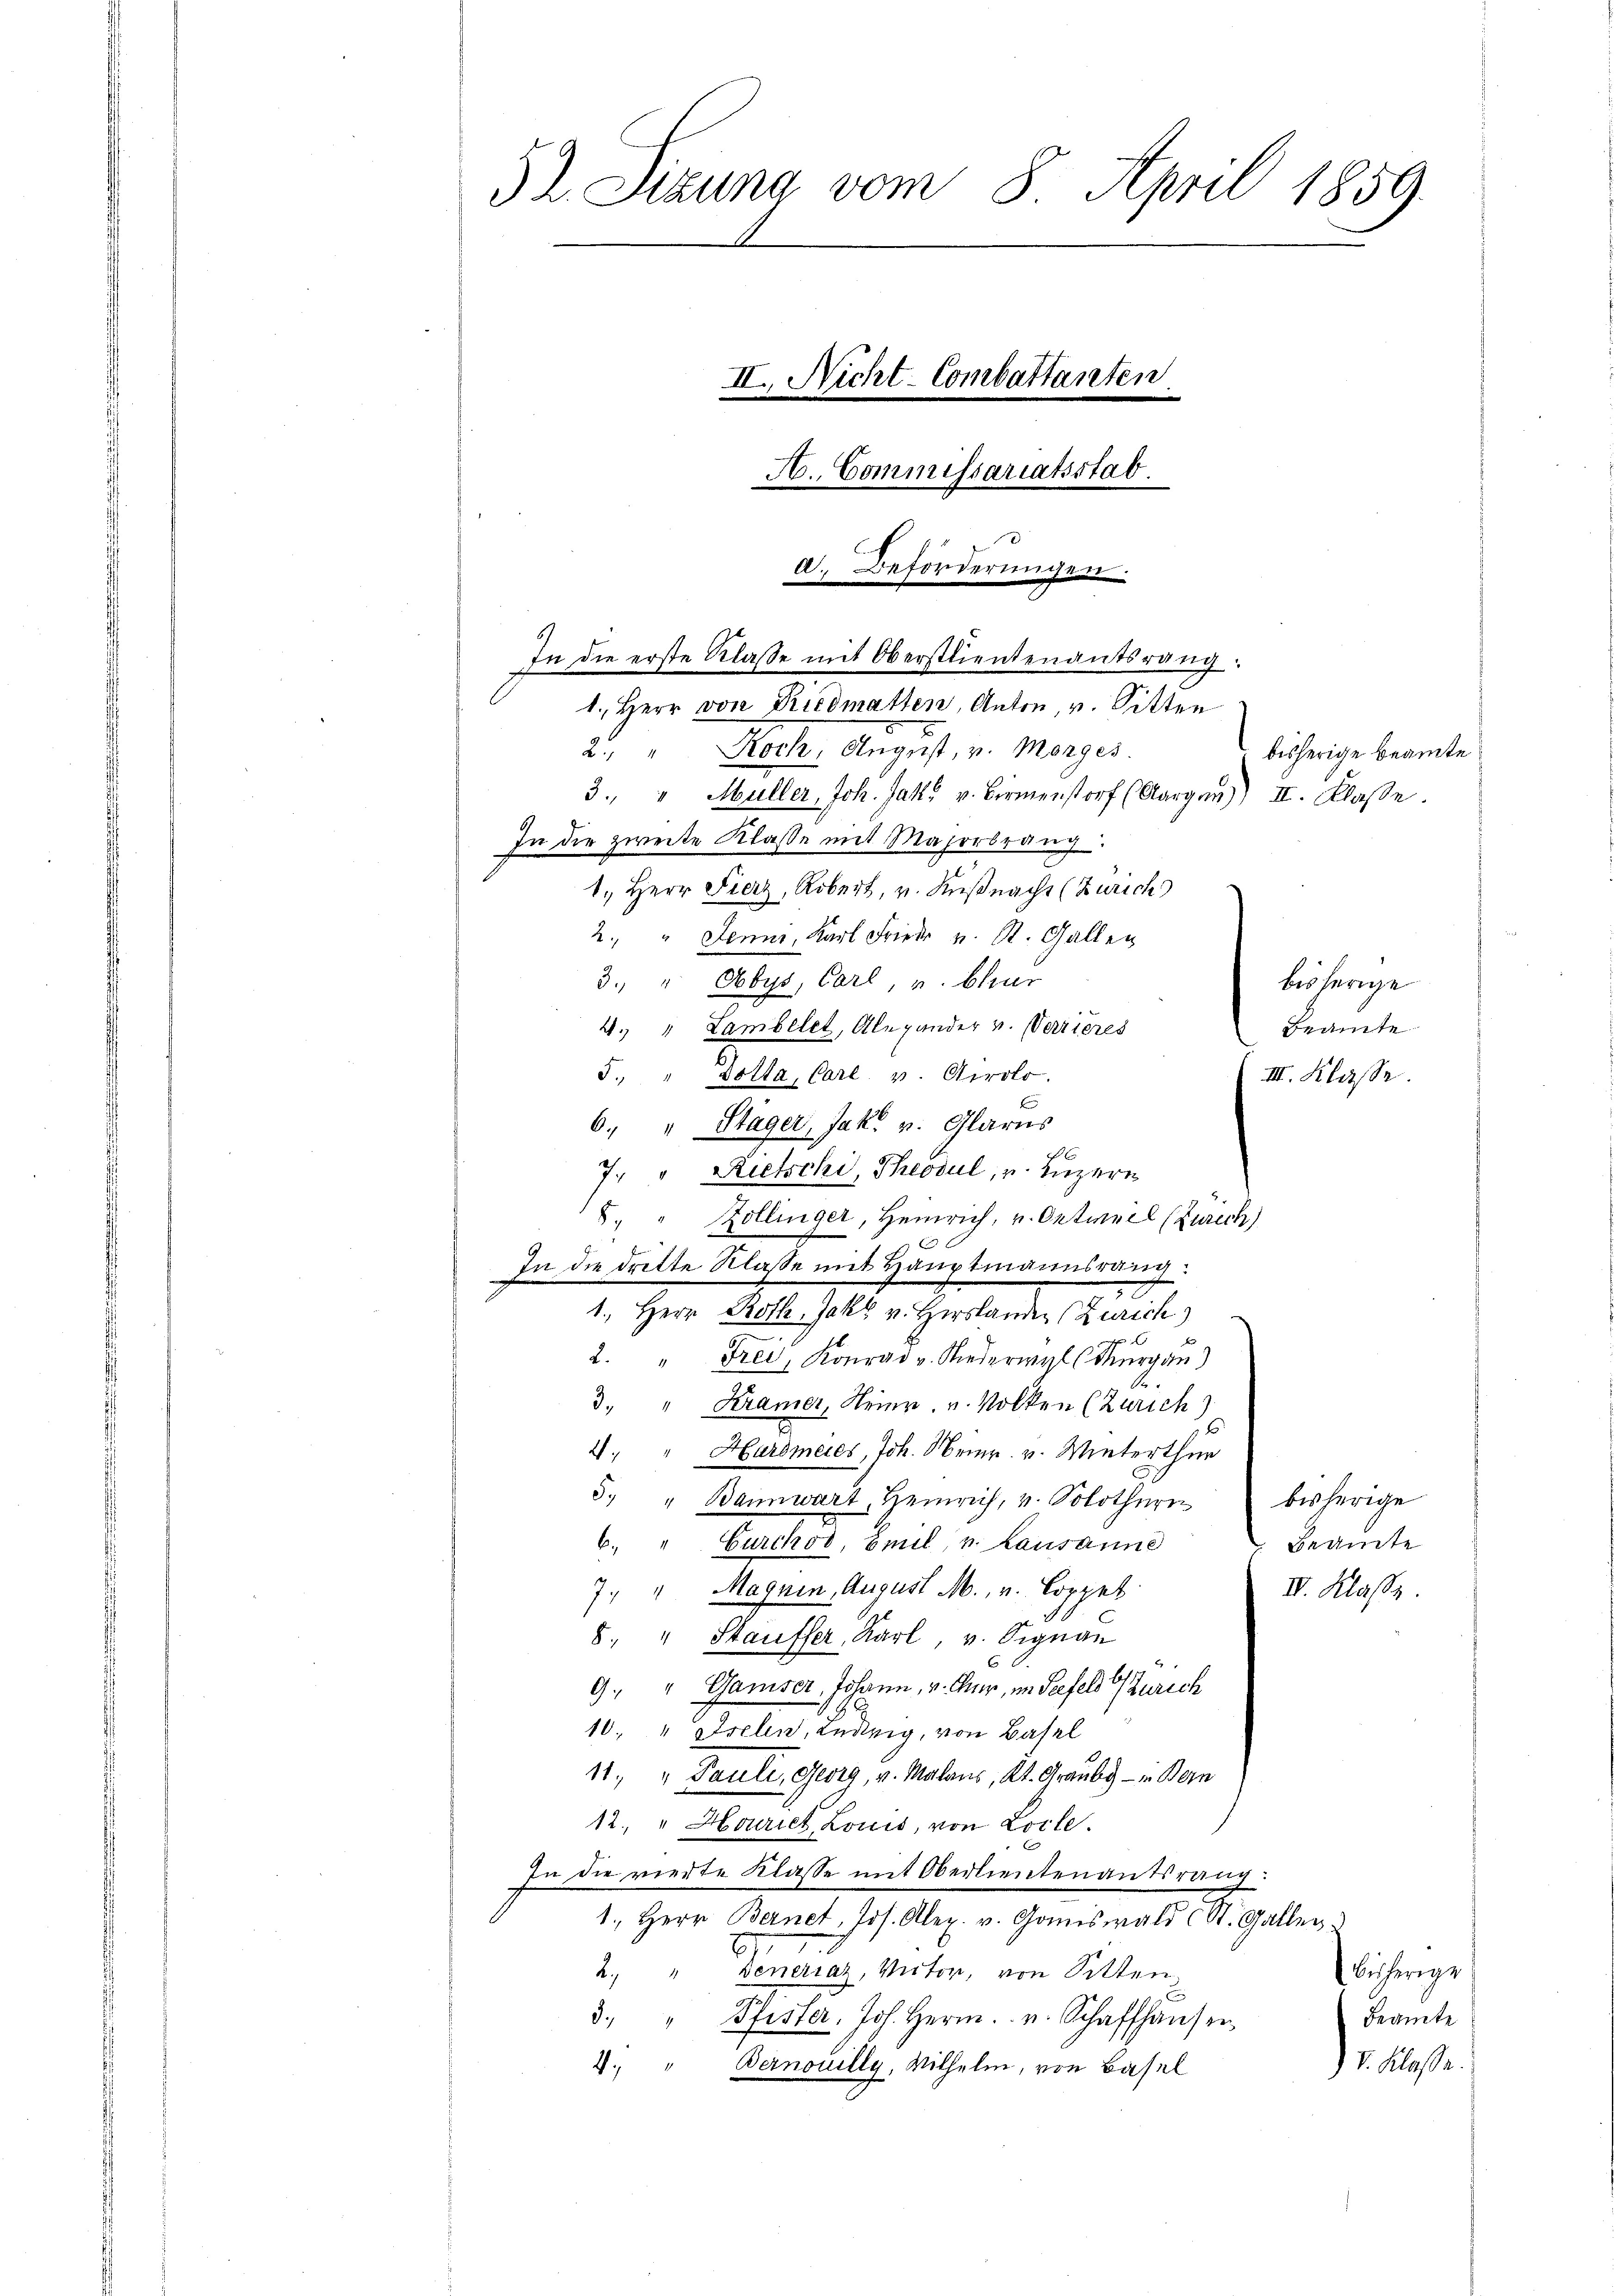
52. Sizung vom 8. April 1859.
II. Nicht-Combattanten.
H. Commissariatsstab.
d. Beförderungen.
In die erste Klasse mit Oberstlieutenantsrang.
1. Herr von Riedmatten, Anton, v. Sitten

3. v. Obys, Carl, u. Chur
bisherige
4. " Lambelet, Alexander v. Verzieres
Beamte
J. " votta, Carl v. Girotr.
III. Klasse.
6. " Stäger, Jak. v. Glarus
7. " Rietschi, Theodul, u. Luzern
8. " Zollinger, Heinrich, v. Ortmeel (Zurech
In die dritte Klasse mit Hauptmannsrang
1., Herr Roth, Jak. v. Hirslanden (Zürich)
2. " Frei, Konrad u. Niederwyl (Thurgau)
3. " Kramer, Meier, u. Volken (Zürich)
4. " Hardmeies, Joh. Heinr. v. Winterthur
5. " Bannwart, Heinrich, u. Solothurn bisherige
6. " Burckod, Emil v. Lausanne
Beamte
7. " Magnin, August M., v. Coppel
IV. Klasse.
8. " Staufser, Karl, v. Signan
9. " Gamser, Johann, v. Kur, im Seefels Zürich
10. " Eselen, Ludwig, von Basel
11. " Pauli, Georg, v. Malans, Kt. Graube - in Bern
12. " Houriet, Louis, von Locle.
In die vierte Klasse mit Oberlieutenantsrang:
1., Herr Bernet, Jos. Alex. v. Gomiswald u St. Gallen
2. " Genersaz, Victor, von Sitten
bisherige
Pfister. Joh. Herrn. v. Schaffhauser,
Beamte
.
Nr. 29.
4. " Bernouilly, Wilhelm, von Basel

2. " Reche. August, v. Morges.
3. " Müller, Joh. Jak. v. Birmenstorf (Aargau) II. Klasse.
In die zweite Klasse mit Majorbrang.
1., Herr Fierz, Robert, v. Küßnacht (Zürich
2. " Jenne, Karl Frieder v. St. Gallen

bisherige Beamte